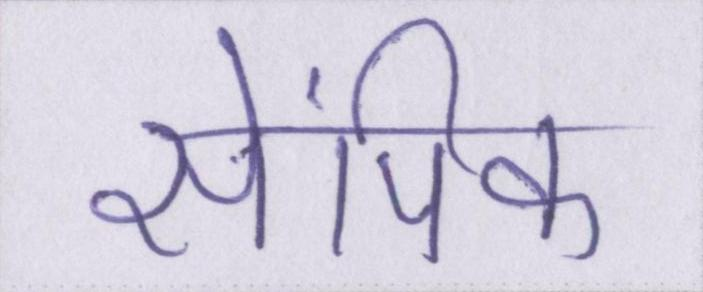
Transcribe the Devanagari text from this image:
सेंपिल